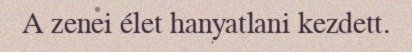
A zenei élet hanyatlani kezdett.